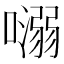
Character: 𡀡